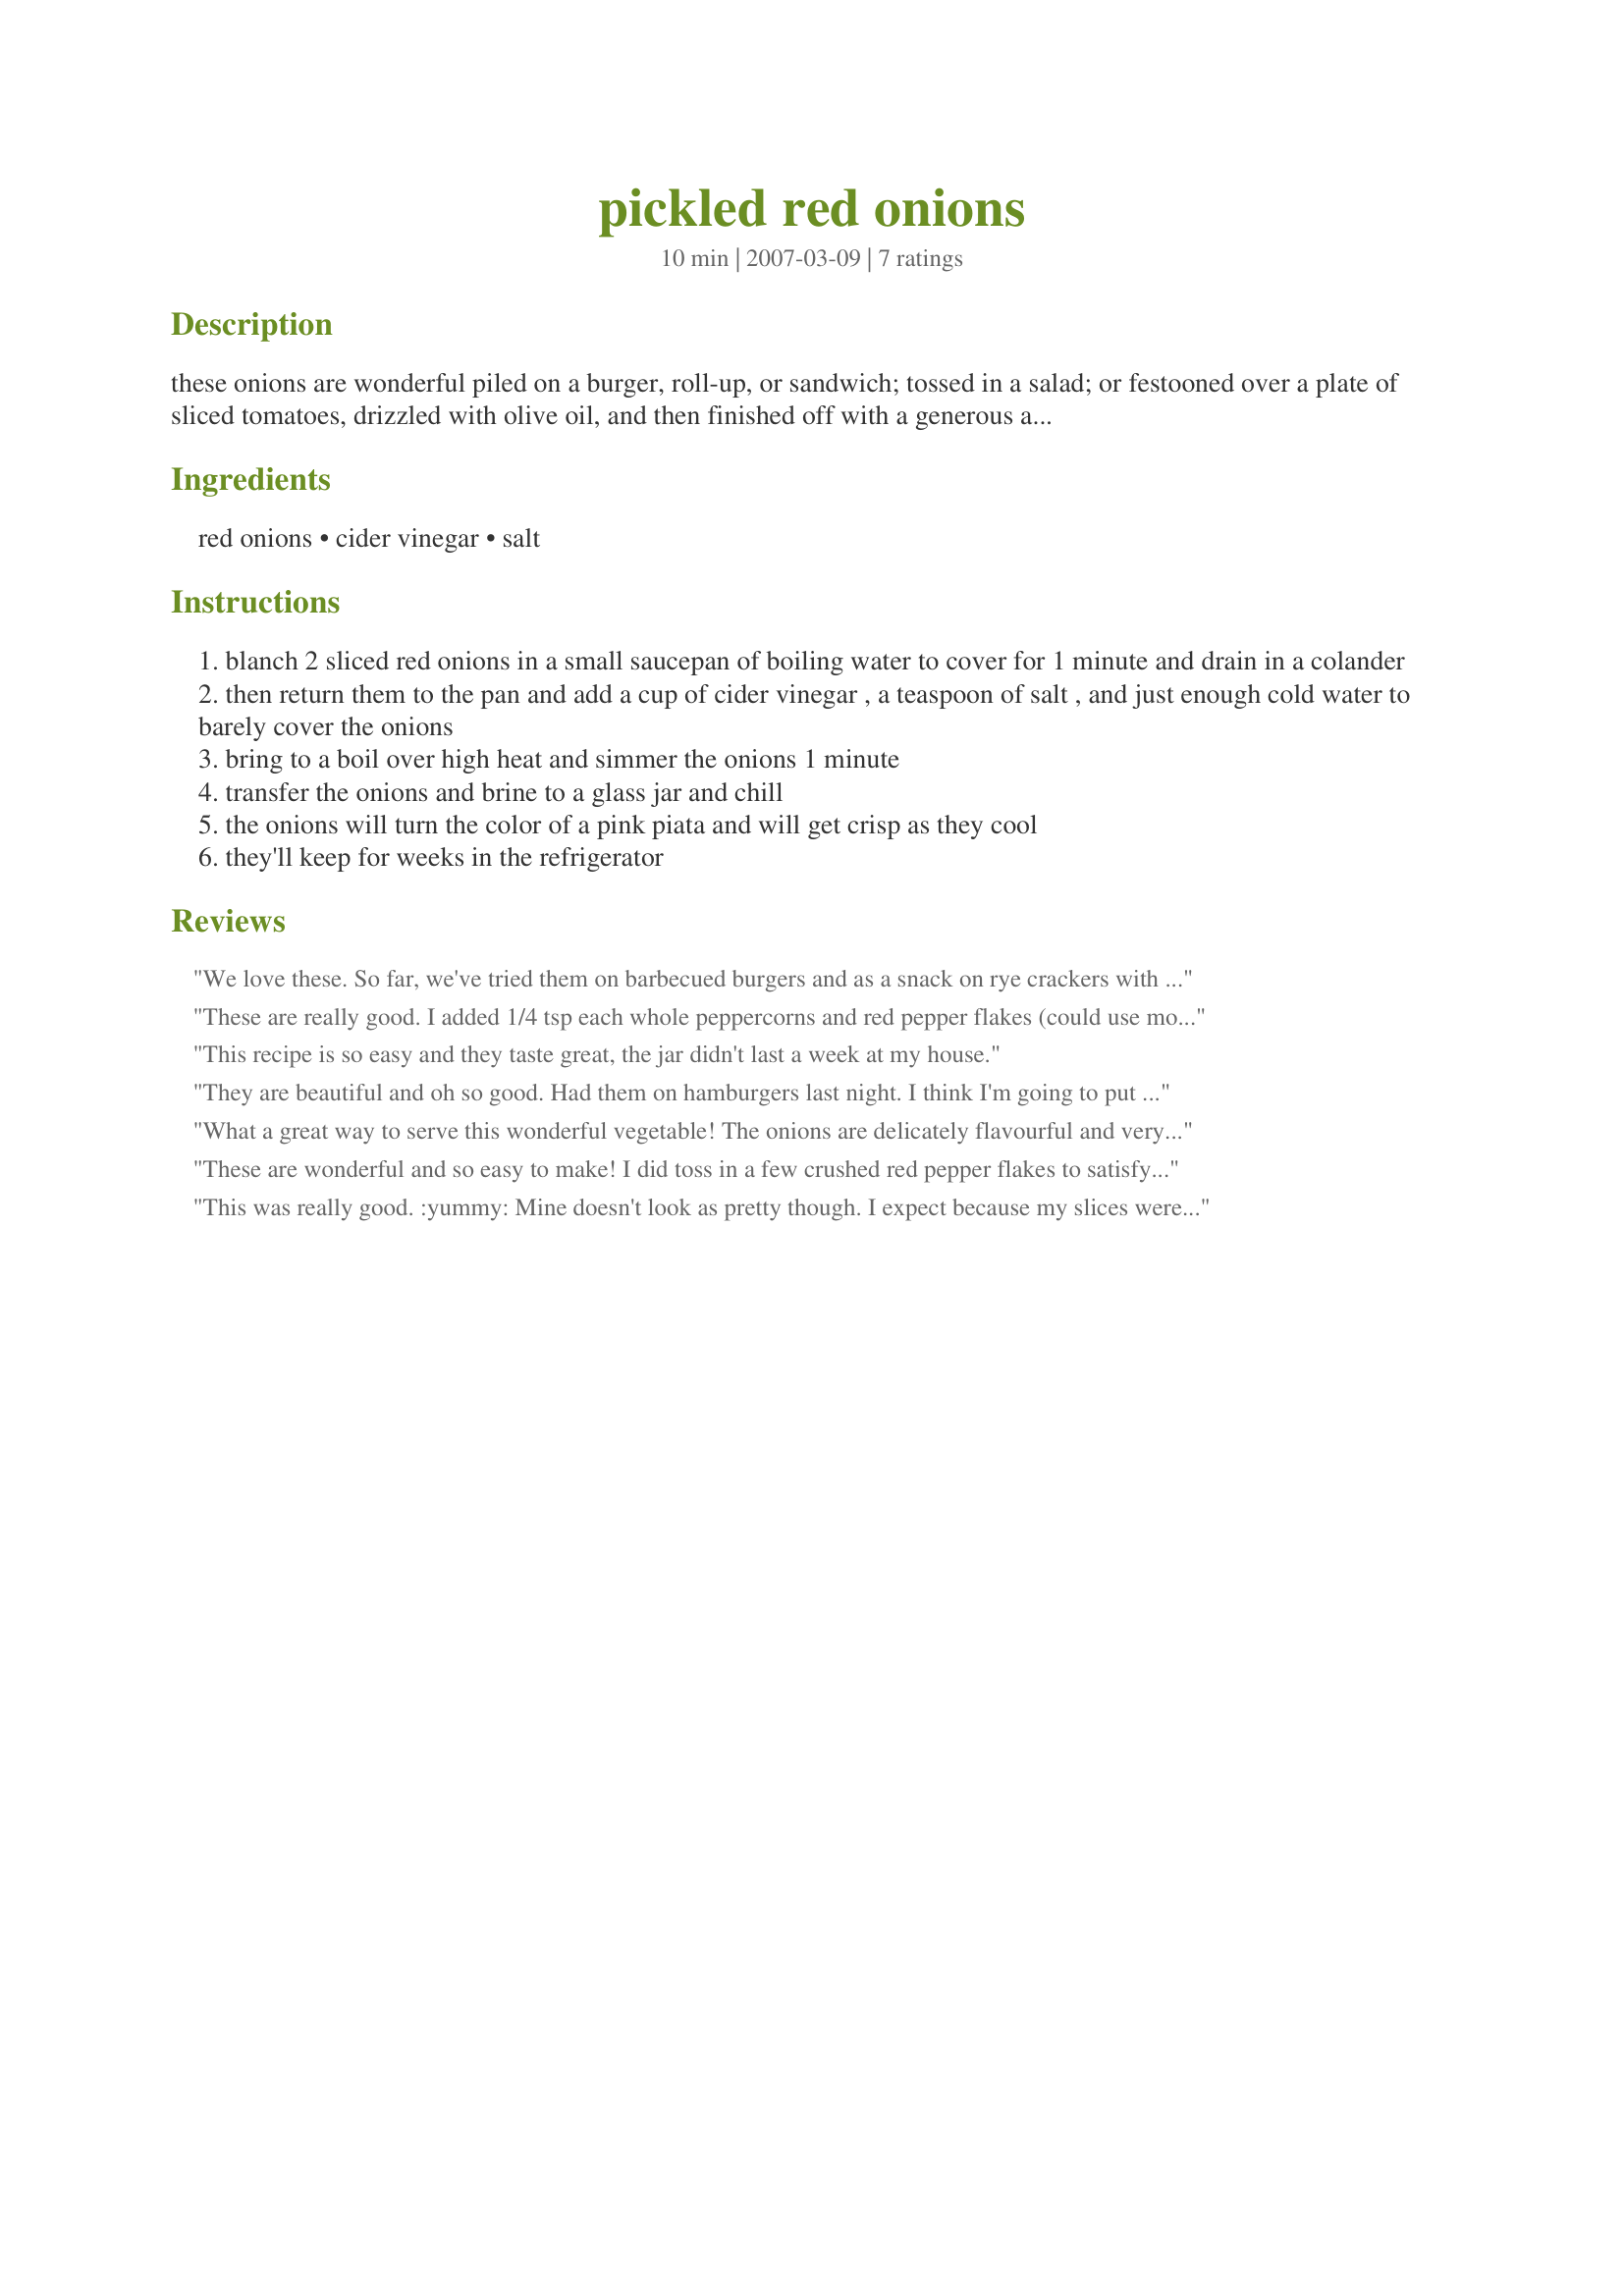
pickled red onions
Preparation time: 10 minutes

these onions are wonderful piled on a burger, roll-up, or sandwich; tossed in a salad; or festooned over a plate of sliced tomatoes, drizzled with olive oil, and then finished off with a generous amount of freshly ground black pepper. they also make a colorful topping for just about any hors d'oeuvre. **these onions must stay refrigerated; even if you sealed the glass jar. they cannot be kept in the pantry!**

Ingredients:
red onions, cider vinegar, salt

Steps:
blanch 2 sliced red onions in a small saucepan of boiling water to cover for 1 minute and drain in a colander
then return them to the pan and add a cup of cider vinegar , a teaspoon of salt , and just enough cold water to barely cover the onions
bring to a boil over high heat and simmer the onions 1 minute
transfer the onions and brine to a glass jar and chill
the onions will turn the color of a pink piata and will get crisp as they cool
they'll keep for weeks in the refrigerator

Reviews:
We love these. So far, we've tried them on barbecued burgers and as a snack on rye crackers with cream cheese and freshly ground black pepper. The possibilities are endless. :) Thanks for posting this simple, tasty recipe!
These are really good. I added 1/4 tsp each whole peppercorns and red pepper flakes (could use more!) Had on a salad last night and can't wait to try on a burger! Thanks for sharing!
This recipe is so easy and they taste great, the jar didn't last a week at my house.
They are beautiful and oh so good. Had them on hamburgers last night. I think I'm going to put them on brats---should be good don't you think? Gloria
What a great way to serve this wonderful vegetable! The onions are delicately flavourful and very pretty. DH had his as a side with baked chicken legs, and insisted that there always be a jar in the fridge. I had mine with baked chicken breast, but added a dollop of sour cream and lots of fresh ground black pepper. Thank you for a real taste treat. Can hardly wait to try them on a corned beef or liverwurst sandwich!
These are wonderful and so easy to make! I did toss in a few crushed red pepper flakes to satisfy our craving for heat. Right after they cooled, I made a sandwich of your recipe #213870 and topped it with these onions. SUPER! These will find a permanent home in my fridge. Thanks for sharing your recipe!
This was really good. :yummy: Mine doesn't look as pretty though. I expect because my slices weren't uniform, but I doubt it made any difference to the taste. Oh...I also threw in some peppercorms...just a few. These went really well with the recipe #222371 we had tonight. Thanks for a great recipe. *UPDATE* Aug 23/08 Made again today. Actually, I probably make this every second month or so. This is always in my fridge. Such a terrific recipe. Everyone should give it a try. I was a little disappointed that it can't be 'canned', but it's so easy and quick to make it really isn't a bother at all. This time I added 1/2 tsp red pepper flakes and 15 grinds from the pepper mill! Thanks again Juenessa
